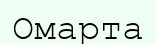
Омарта